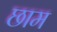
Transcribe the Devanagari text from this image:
छाम